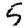
Digit: 5